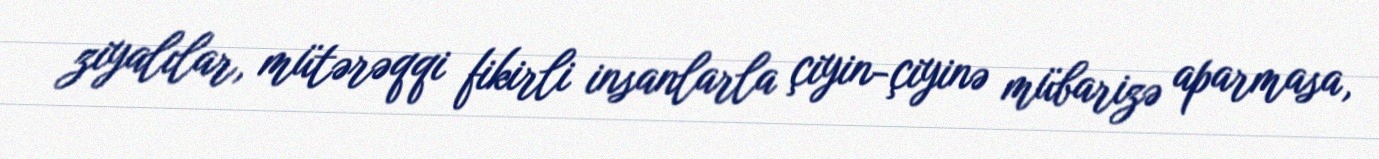
ziyalılar, mütərəqqi fikirli insanlarla çiyin-çiyinə mübarizə aparmasa,